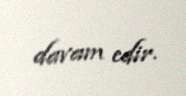
davam edir.